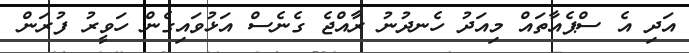
އަދި އެ ސްޕެއާތައް މިއަދު ހެނދުނު ރާއްޖެ ގެނެސް އަޅުވައިގެން ހަވީރު ފުރަން